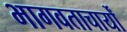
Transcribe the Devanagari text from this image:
भागवताचार्यों